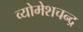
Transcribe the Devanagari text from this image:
व्योमेशचन्द्र